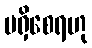
မရှိစေရဟု